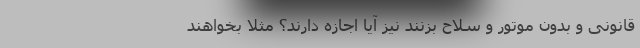
قانونی و بدون موتور و سلاح بزنند نیز آیا اجازه دارند؟ مثلا بخواهند